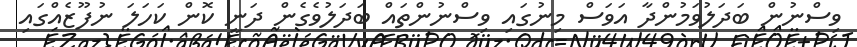
ވިސްނުން ބަދަލުވަމުންދާ އަވަސް މިނުގައި ވިސްނުންތައް ބަދަލުވެގެން ދަނީ ކޮން ކަހަލަ ނުފޫޒެއްގައި